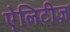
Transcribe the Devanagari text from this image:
ऐलिटीज़